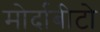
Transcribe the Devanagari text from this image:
मोर्दाबीटो